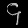
Digit: ၄